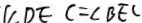
C D E C = \angle B E C